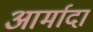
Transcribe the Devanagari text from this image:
आर्मादा